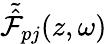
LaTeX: \tilde{\hat{{\cal F}}}_{pj}(z,\omega)